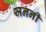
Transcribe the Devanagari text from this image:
जननीं